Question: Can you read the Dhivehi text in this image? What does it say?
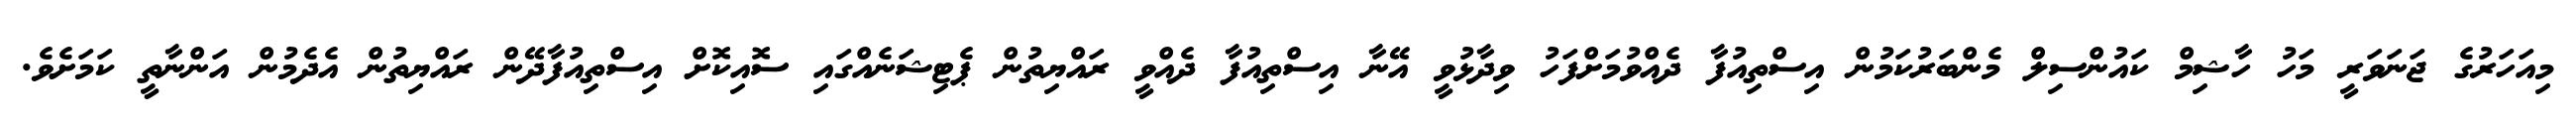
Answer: މިއަހަރުގެ ޖަނަވަރީ މަހު ހާޝިމް ކައުންސިލް މެންބަރުކަމުން އިސްތިއުފާ ދެއްވުމަށްފަހު ވިދާޅުވީ އޭނާ އިސްތިއުފާ ދެއްވީ ރައްޔިތުން ޕެޓިޝަނެއްގައި ސޮއިކޮށް އިސްތިއުފާދޭން ރައްޔިތުން އެދެމުން އަންނާތީ ކަމަށެވެ.